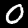
Digit: 0